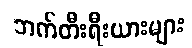
ဘက်တီးရီးယားများ